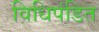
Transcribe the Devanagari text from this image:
विधिपंडित